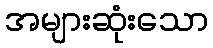
အများဆုံးသော